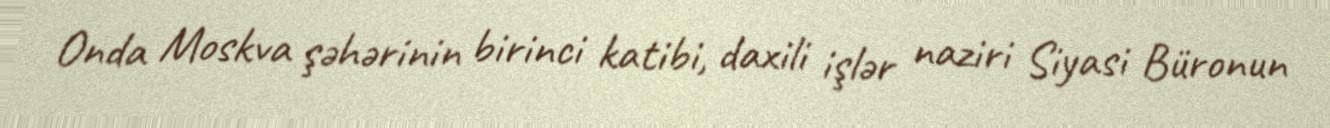
Onda Moskva şəhərinin birinci katibi, daxili işlər naziri Siyasi Büronun